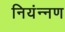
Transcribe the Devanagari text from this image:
नियंन्नण